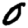
Digit: 0